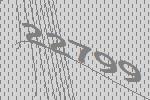
22799